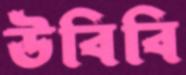
উবিবি